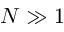
N \gg 1